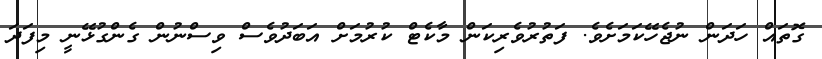
ގޮތައް ހަދަން ނުޖެހޭކަމަށެވެ. ފަތުރުވެރިކަން މާކެޓް ކުރުމަށް އަބަދުވެސް ވިސްނުން ގެންގުޅޭނީ މިފަދަ